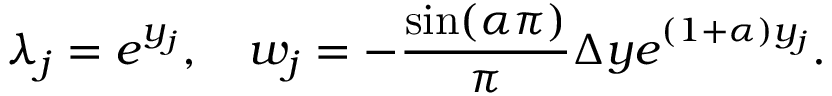
\lambda _ { j } = e ^ { y _ { j } } , \quad w _ { j } = - \frac { \sin ( \alpha \pi ) } { \pi } \Delta y e ^ { ( 1 + \alpha ) y _ { j } } .